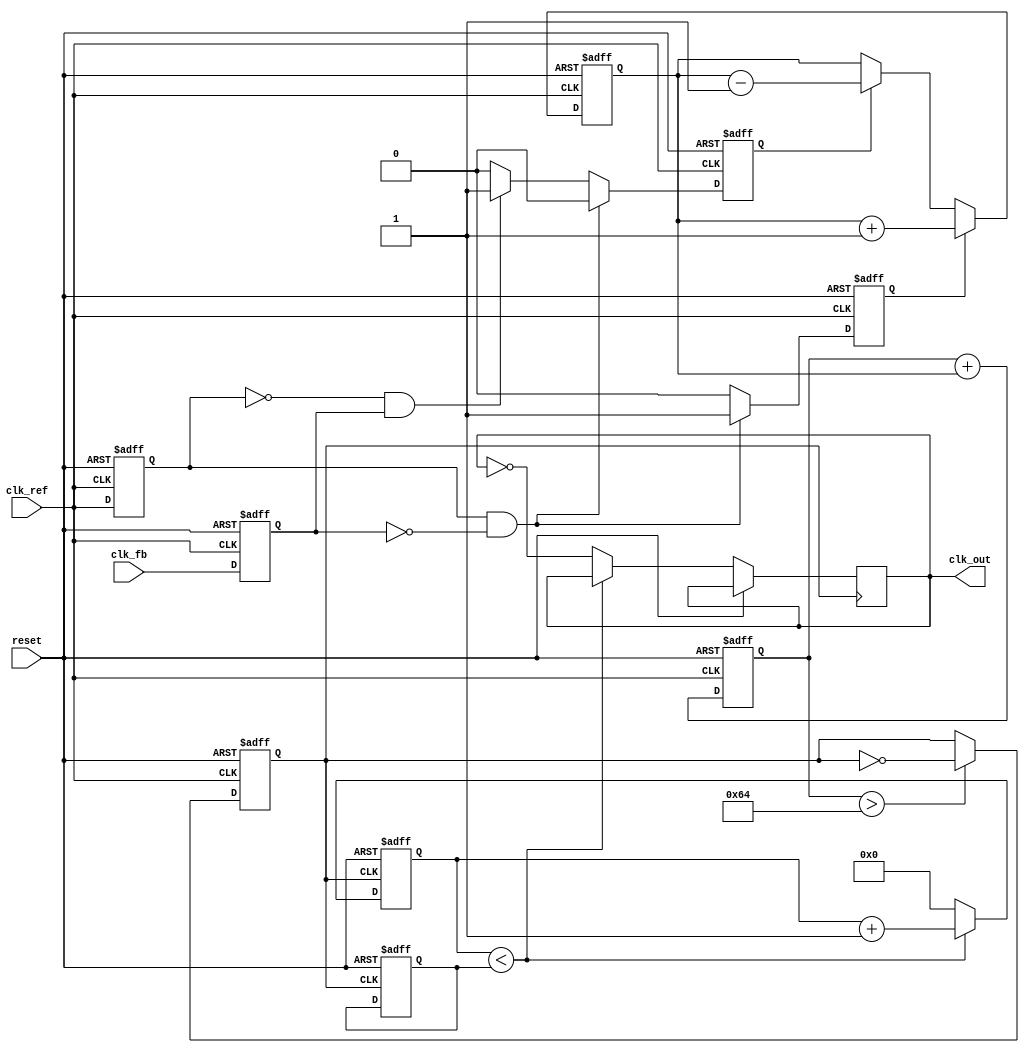
module frac_n_pll (
    input wire clk_ref,             // Reference clock input
    input wire reset,               // Asynchronous reset
    output wire clk_out,            // Output clock
    input wire clk_fb               // Feedback clock (from divider)
);

    // Parameters for N and M
    parameter N = 4;                // Integer divider
    parameter M = 3;                // Fractional divider (can be represented as a fixed-point number)

    // PFD signals
    reg pfd_up, pfd_down;
    reg pfd_last_ref, pfd_last_fb;

    // Charge Pump signals
    reg [7:0] charge_pump_output;   // Control voltage (for simplicity)
    
    // Loop Filter (simple integrator for demonstration)
    reg [15:0] loop_filter_output;
    
    // VCO output signal
    reg vco_clk;
    
    // Frequency Divider
    reg [31:0] divider_count;
    reg [31:0] divider_value;

    // PFD Process
    always @(posedge clk_ref or posedge reset) begin
        if (reset) begin
            pfd_up <= 0;
            pfd_down <= 0;
            pfd_last_ref <= 0;
            pfd_last_fb <= 0;
        end else begin
            pfd_last_ref <= clk_ref;
            pfd_last_fb <= clk_fb;

            if (pfd_last_ref && !pfd_last_fb) begin
                pfd_up <= 1;
                pfd_down <= 0;
            end else if (!pfd_last_ref && pfd_last_fb) begin
                pfd_up <= 0;
                pfd_down <= 1;
            end else begin
                pfd_up <= 0;
                pfd_down <= 0;
            end
        end
    end

    // Charge Pump Process
    always @(posedge clk_ref or posedge reset) begin
        if (reset) begin
            charge_pump_output <= 0;
        end else begin
            if (pfd_up) begin
                charge_pump_output <= charge_pump_output + 1; // Increment control voltage
            end else if (pfd_down) begin
                charge_pump_output <= charge_pump_output - 1; // Decrement control voltage
            end
        end
    end

    // Loop Filter Process (simple integrator)
    always @(posedge clk_ref or posedge reset) begin
        if (reset) begin
            loop_filter_output <= 0;
        end else begin
            loop_filter_output <= loop_filter_output + charge_pump_output; // Integrate control voltage
        end
    end

    // VCO Process
    always @(posedge clk_ref or posedge reset) begin
        if (reset) begin
            vco_clk <= 0;
        end else begin
            // Simple VCO model: output frequency based on loop filter output
            if (loop_filter_output > 100) begin
                vco_clk <= ~vco_clk; // Toggle clock based on control voltage threshold
            end
        end
    end

    // Frequency Divider Process
    always @(posedge vco_clk or posedge reset) begin
        if (reset) begin
            divider_count <= 0;
            divider_value <= N + M; // Set divider value based on N and M
        end else begin
            if (divider_count < divider_value) begin
                divider_count <= divider_count + 1;
            end else begin
                divider_count <= 0;
                clk_out <= ~clk_out; // Generate output clock
            end
        end
    end

endmodule